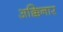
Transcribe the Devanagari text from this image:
अक्किनार